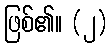
ဖြစ်၏။ (၂)